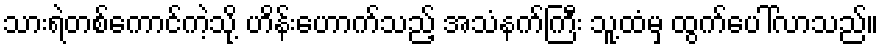
သားရဲတစ်ကောင်ကဲ့သို့ ဟိန်းဟောက်သည့် အသံနက်ကြီး သူ့ထံမှ ထွက်ပေါ်လာသည်။